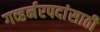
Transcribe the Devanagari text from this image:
गव्हर्नरपदांसाठी